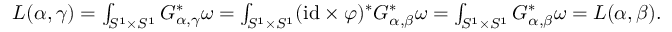
\begin{array} { r } { L ( \alpha , \gamma ) = \int _ { S ^ { 1 } \times S ^ { 1 } } G _ { \alpha , \gamma } ^ { * } \omega = \int _ { S ^ { 1 } \times S ^ { 1 } } ( \mathrm { i d } \times \varphi ) ^ { * } G _ { \alpha , \beta } ^ { * } \omega = \int _ { S ^ { 1 } \times S ^ { 1 } } G _ { \alpha , \beta } ^ { * } \omega = L ( \alpha , \beta ) . } \end{array}